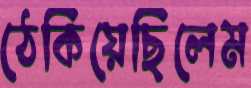
ঠেকিয়েছিলেম